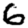
Digit: 6